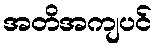
အတိအကျပင်